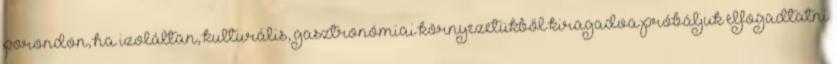
porondon, ha izoláltan, kulturális, gasztronómiai környezetükből kiragadva próbáljuk elfogadtatni